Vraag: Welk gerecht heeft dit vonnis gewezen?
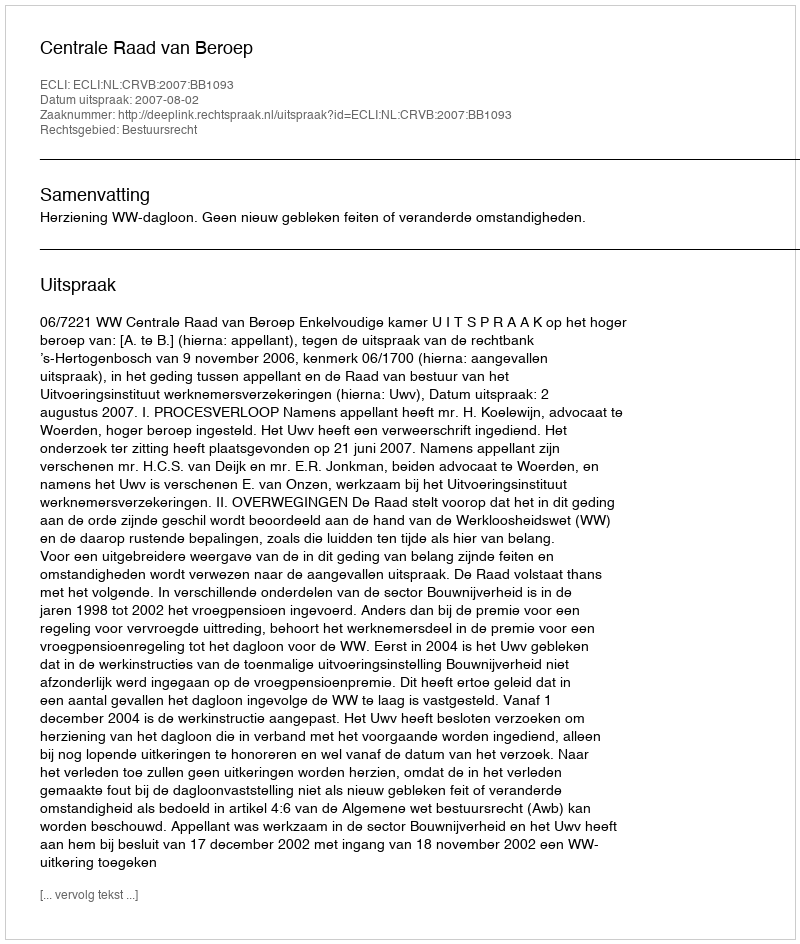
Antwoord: Centrale Raad van Beroep